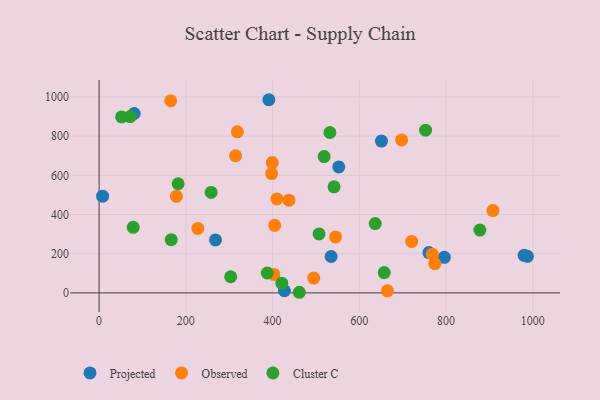
{"axis": {"x": "Experience", "y": "Sales"}, "legend": ["Cluster C", "Observed", "Projected"], "data": [{"x": "980.1", "y": 191.4, "type": "Projected"}, {"x": "268.4", "y": 270.3, "type": "Projected"}, {"x": "80.9", "y": 915.3, "type": "Projected"}, {"x": "427.4", "y": 10.8, "type": "Projected"}, {"x": "535.0", "y": 185.6, "type": "Projected"}, {"x": "552.7", "y": 642.6, "type": "Projected"}, {"x": "796.1", "y": 181.3, "type": "Projected"}, {"x": "8.1", "y": 493.4, "type": "Projected"}, {"x": "391.5", "y": 985.7, "type": "Projected"}, {"x": "651.1", "y": 774.7, "type": "Projected"}, {"x": "987.6", "y": 186.5, "type": "Projected"}, {"x": "760.5", "y": 205.7, "type": "Projected"}, {"x": "697.6", "y": 780.3, "type": "Observed"}, {"x": "314.7", "y": 699.8, "type": "Observed"}, {"x": "664.8", "y": 10.3, "type": "Observed"}, {"x": "178.2", "y": 492.6, "type": "Observed"}, {"x": "545.3", "y": 285.3, "type": "Observed"}, {"x": "495.0", "y": 75.6, "type": "Observed"}, {"x": "774.1", "y": 148.6, "type": "Observed"}, {"x": "318.8", "y": 821.9, "type": "Observed"}, {"x": "437.8", "y": 473.1, "type": "Observed"}, {"x": "720.8", "y": 262.4, "type": "Observed"}, {"x": "410.0", "y": 479.4, "type": "Observed"}, {"x": "399.4", "y": 664.7, "type": "Observed"}, {"x": "404.8", "y": 344.7, "type": "Observed"}, {"x": "768.4", "y": 197.4, "type": "Observed"}, {"x": "402.8", "y": 94.0, "type": "Observed"}, {"x": "227.7", "y": 329.0, "type": "Observed"}, {"x": "397.8", "y": 608.8, "type": "Observed"}, {"x": "908.1", "y": 420.0, "type": "Observed"}, {"x": "165.0", "y": 980.4, "type": "Observed"}, {"x": "636.7", "y": 353.5, "type": "Cluster C"}, {"x": "752.9", "y": 830.1, "type": "Cluster C"}, {"x": "71.7", "y": 899.9, "type": "Cluster C"}, {"x": "541.8", "y": 541.4, "type": "Cluster C"}, {"x": "78.6", "y": 334.3, "type": "Cluster C"}, {"x": "507.2", "y": 300.8, "type": "Cluster C"}, {"x": "51.8", "y": 897.7, "type": "Cluster C"}, {"x": "461.6", "y": 3.0, "type": "Cluster C"}, {"x": "657.4", "y": 103.3, "type": "Cluster C"}, {"x": "258.3", "y": 512.6, "type": "Cluster C"}, {"x": "878.1", "y": 320.4, "type": "Cluster C"}, {"x": "182.2", "y": 556.8, "type": "Cluster C"}, {"x": "166.3", "y": 271.6, "type": "Cluster C"}, {"x": "421.3", "y": 49.5, "type": "Cluster C"}, {"x": "518.9", "y": 695.4, "type": "Cluster C"}, {"x": "387.8", "y": 101.4, "type": "Cluster C"}, {"x": "532.2", "y": 818.4, "type": "Cluster C"}, {"x": "303.4", "y": 82.3, "type": "Cluster C"}]}